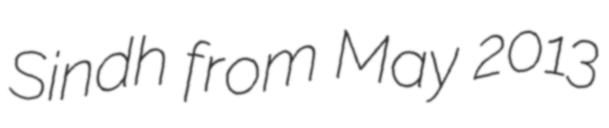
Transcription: Sindh from May 2013